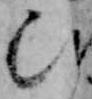
ひ